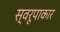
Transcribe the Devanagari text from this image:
स्वरूपाकार